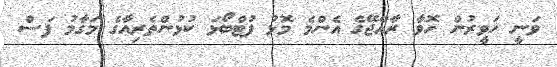
ވަނީ ހަވީރުން ހޮވާ ރާއްޖޭގެ އެންމެ މޮޅު ފުޓްބޯޅަ ކުޅުންތެރިއާގެ މަގާމު ފަސް